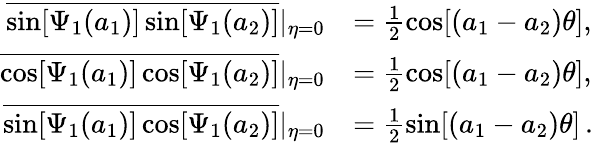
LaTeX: \begin{array}{rl}{\overline{{\sin[\Psi_{1}(a_{1})]\sin[\Psi_{1}(a_{2})]}}|_{\eta=0}}&{=\frac{1}{2}\cos[(a_{1}-a_{2})\theta],}\\ {\overline{{\cos[\Psi_{1}(a_{1})]\cos[\Psi_{1}(a_{2})]}}|_{\eta=0}}&{=\frac{1}{2}\cos[(a_{1}-a_{2})\theta],}\\ {\overline{{\sin[\Psi_{1}(a_{1})]\cos[\Psi_{1}(a_{2})]}}|_{\eta=0}}&{=\frac{1}{2}\sin[(a_{1}-a_{2})\theta]\, .}\end{array}